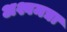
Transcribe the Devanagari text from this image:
अश्वमद्या